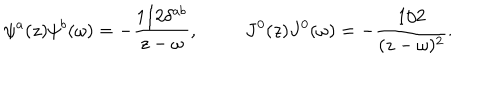
\psi ^ { a } ( z ) \psi ^ { b } ( \omega ) = - \frac { 1 / 2 \delta ^ { a b } } { z - \omega } , ~ J ^ { 0 } ( z ) J ^ { 0 } ( \omega ) = - \frac { 1 / 2 } { ( z - \omega ) ^ { 2 } } .